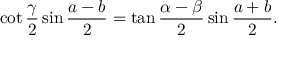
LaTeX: \cot { \frac { \gamma } { 2 } } \sin { \frac { a - b } { 2 } } = \tan { \frac { \alpha - \beta } { 2 } } \sin { \frac { a + b } { 2 } } .